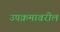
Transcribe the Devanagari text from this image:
उपक्रमावरील